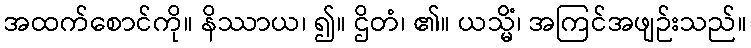
အထက်စောင်ကို။ နိဿာယ၊ ၍။ ဌိတံ၊ ၏။ ယသ္မိံ၊ အကြင်အဖျဉ်းသည်။